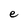
Character: e